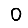
Digit: 0